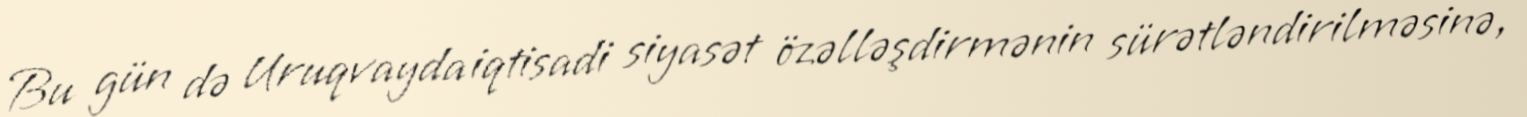
Bu gün də Uruqvayda iqtisadi siyasət özəlləşdirmənin sürətləndirilməsinə,